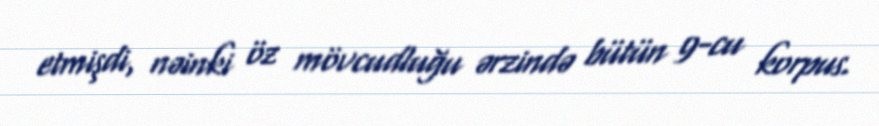
etmişdi, nəinki öz mövcudluğu ərzində bütün 9-cu korpus.